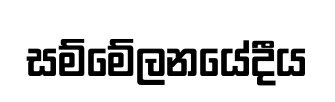
සම්මේලනයේදීය